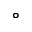
^ \circ